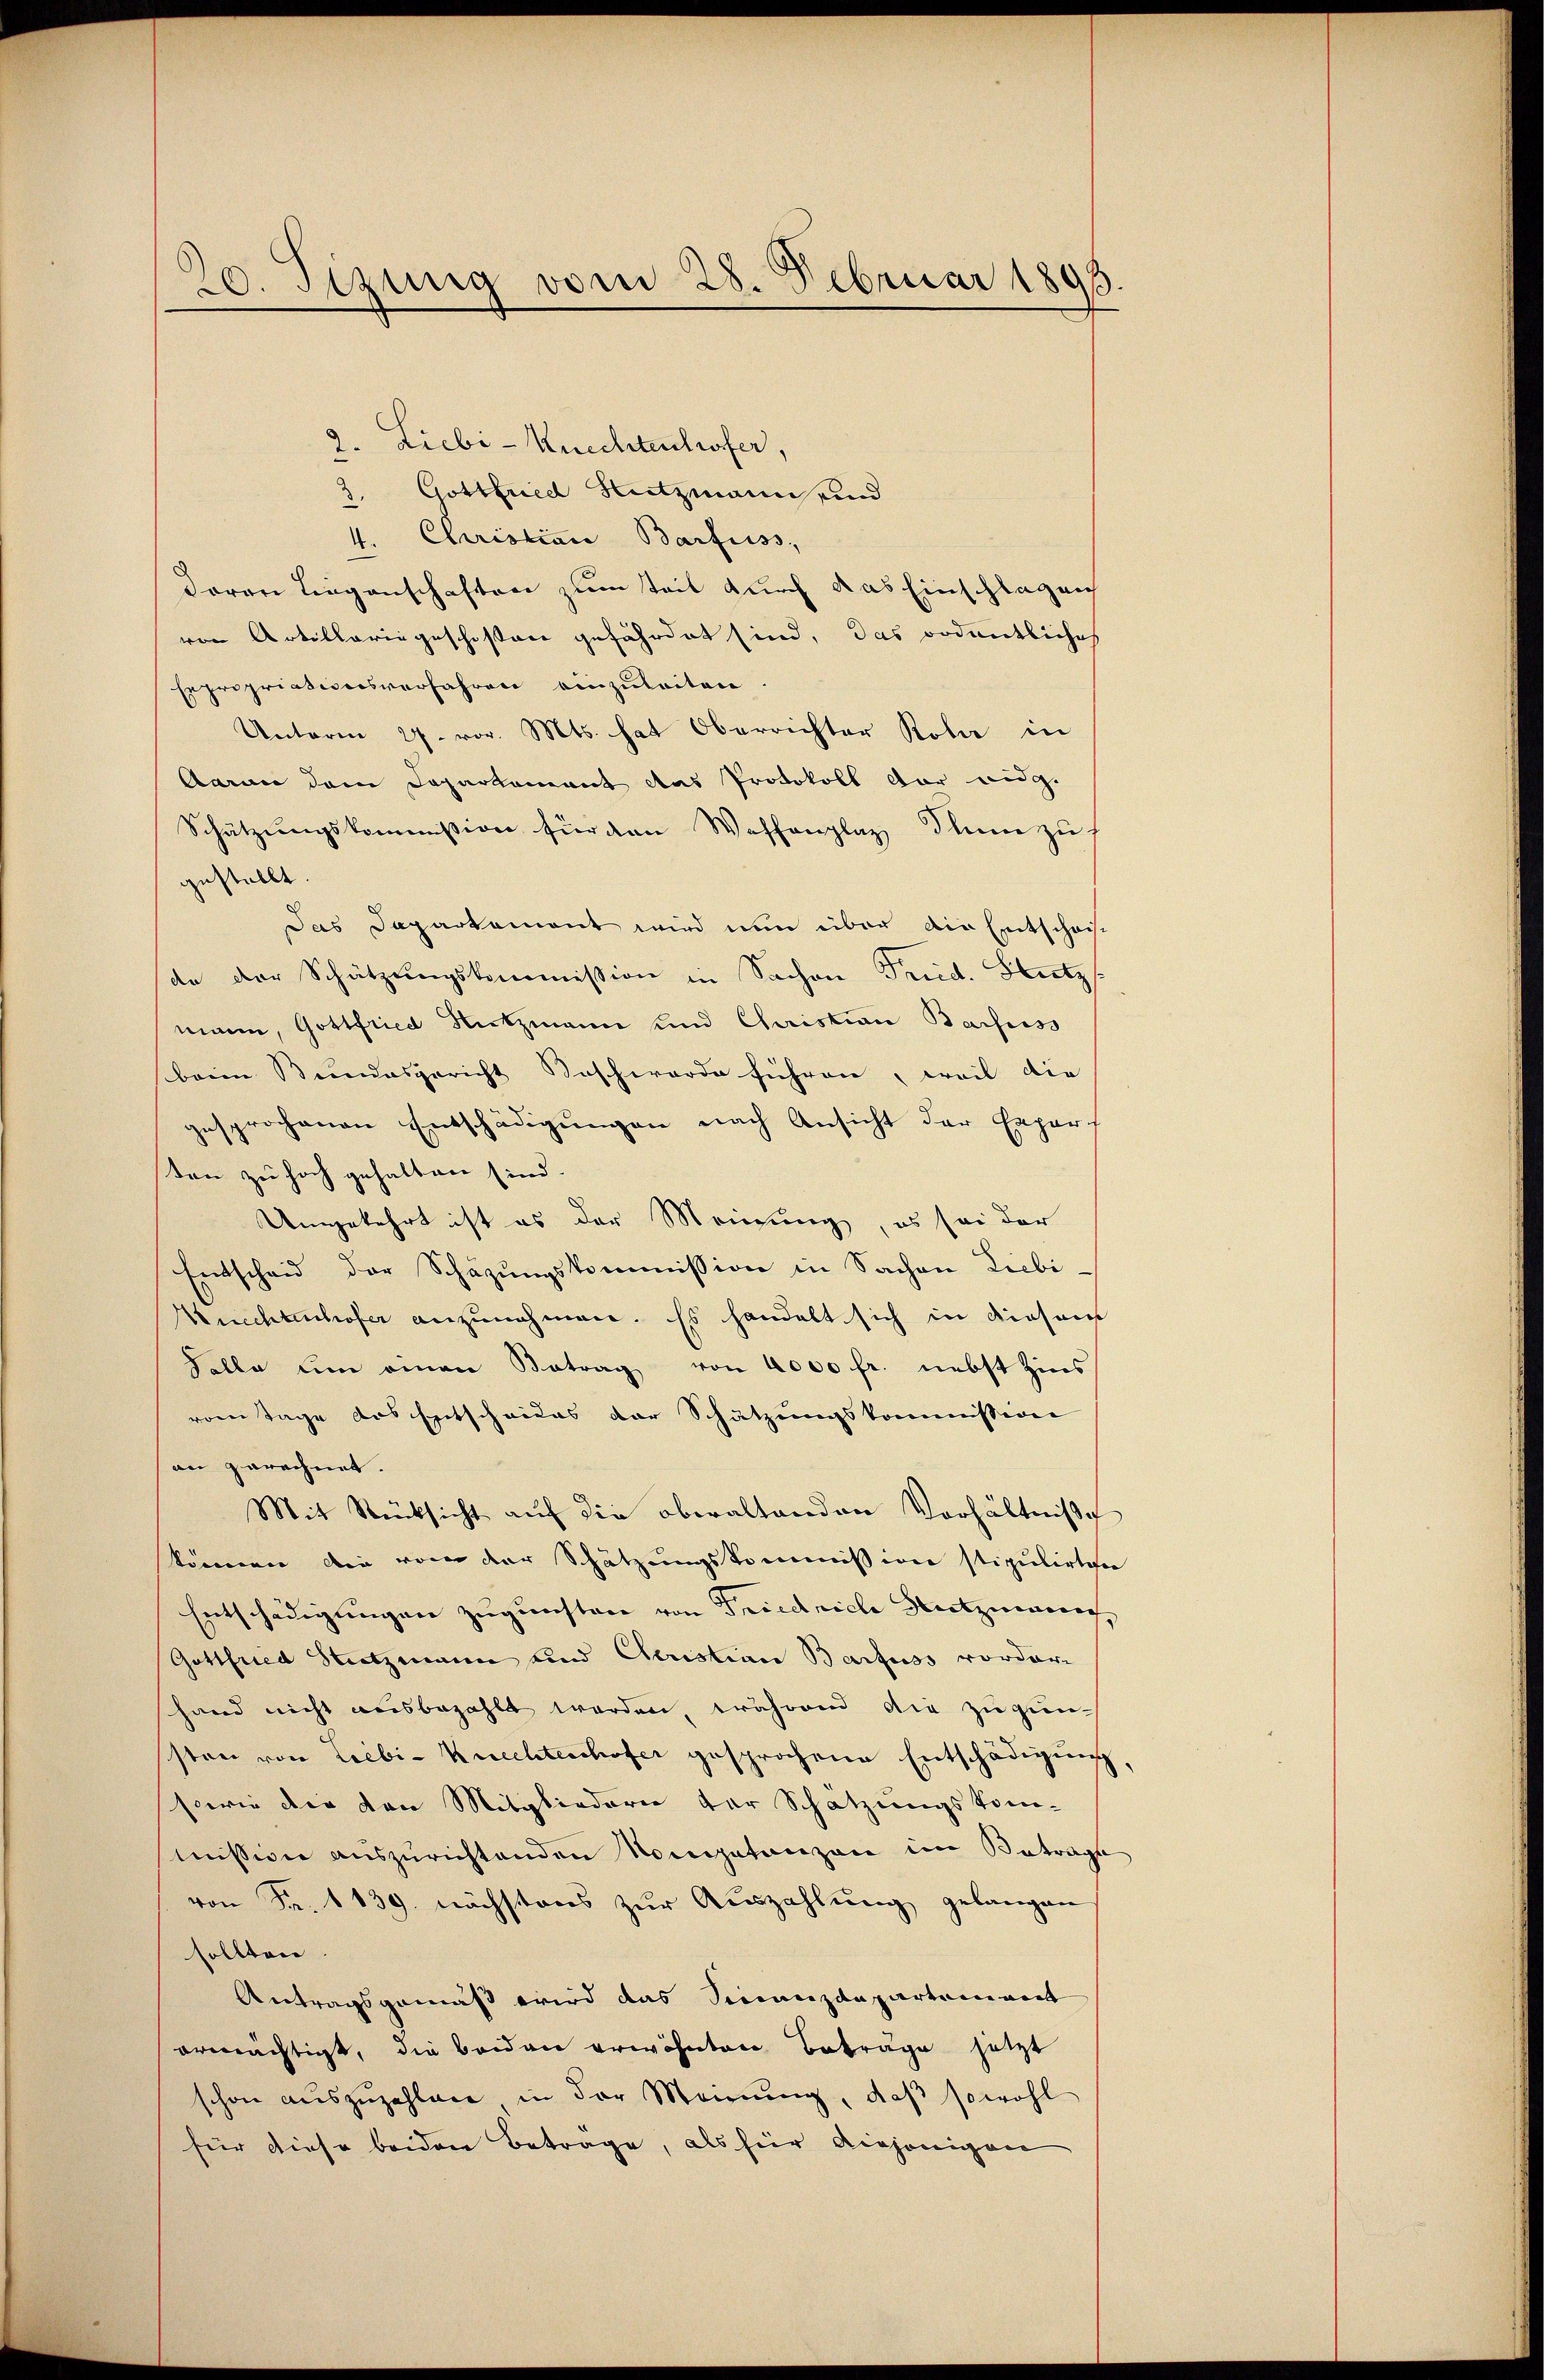
20. Sizung vom 28. Februar 1893

2. Liebi-Knechtenhofer,
2. Gottfried Hitzmann sind
4. Christian Barfuss,
daren Liegenschaften zum Teil durch das Einschlagen
ren Artillariageschistore gefährdet sind, das ordentliches
Expropriationsverfahren einzuleiten.
Unterm 27. vor. Mts. hat Oberrichter Rober in
Aarau dem Departement das Protokoll der eige
Schätzungskommission für den Waffenplaz Thun zu
gestellt.
Das Daparkament wird nun über die Entscheit
de der Schützŭngskommission in Sachen Fried. Stutz
mann, Gottfried Nutzmann und Christian Barfuiss
beim Bundesgericht Beschwerde führen, weil die
gesprochenen Entschädigungen nach Ansicht der Expert
sten zu hoch gehalten sind.
Umgekehrt ist es der Meinung, es sei der
Entscheid der Schazungskommission in Sachen Liebi-
Knechtenhofer anzunehmen. Es handelt sich in diesens
Talle um einen Betrag von 4000 fr. nebst Zins
vom Tage des Entscheides der Schätzungskommission
an gerechnet.
Mit Rücksicht auf die oberaltenden Verhältnißg
können, die von der Schätzungskommission stipulirten
Entschädigungen zugunsten von Friedriche Nutznenrech
Gottfried Stutzmann und Cleristian Barfuss vorder
hand nicht ausbezahlt worden, während die zugun-
sten von Liebi-Knechteschofer gesprochene Entschädigung
sowie die von Mitgliederen der Schatzungskom-
mission auszurichtenden Vorgetanzen im Betrage
von Fr. 1139. nächstens zŭr Aŭszahlŭng gelangen
sollten.
Antragsgemäß wird das Sinanzdepartement
ermächtigt, die beiden erwähnten Beträge jetzt
schon auszuzahlen in der Meinung, daß sowohl
für diese beiden Betrage, als hier diejenigen